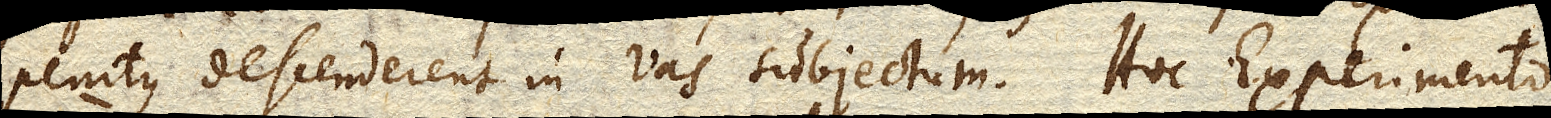
penitus descenderent in vas subjectum. Hoc Experimento